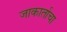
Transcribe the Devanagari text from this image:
जाकार्ताचा